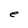
Character: e